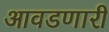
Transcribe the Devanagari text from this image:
आवडणारी